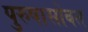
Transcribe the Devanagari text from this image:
पुरुषासोबत